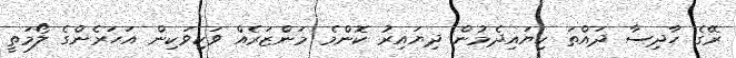
ރޭގެ ހާދިސާ ދައްތަ ކިޔައިދެމުން ދިޔައިރު ކޮންމެ މަންޒަރެއް ވަކިވަކިން އަހަރެންގެ ލޯމަތީ